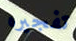
تفجيره